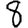
Digit: 8